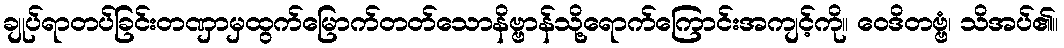
ချုပ်ရာတပ်ခြင်းတဏှာမှထွက်မြောက်တတ်သောနိဗ္ဗာန်သို့ရောက်ကြောင်းအကျင့်ကို။ ဝေဒိတဗ္ဗံ၊ သိအပ်၏။